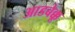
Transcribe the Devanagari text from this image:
आडबेक्कू